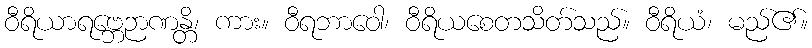
ဝီရိယာရဗ္ဘေဉာဏန္တိ၊ ကား။ ဝီရဘာဝေါ၊ ဝီရိယစေတသိတ်သည်။ ဝီရိယံ၊ မည်၏။